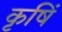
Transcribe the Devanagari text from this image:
कृषिं